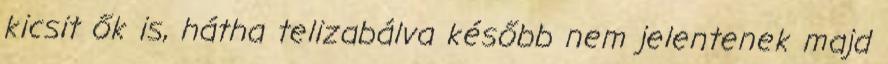
kicsit ők is, hátha telizabálva később nem je­lentenek majd